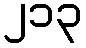
၂၁၃